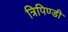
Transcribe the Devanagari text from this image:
त्रिपिण्डी